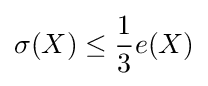
\sigma (X)\leq {\frac {1}{3}}e(X)